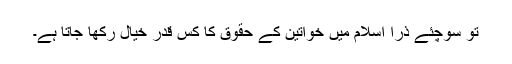
تو سوچئے ذرا اسلام میں خواتین کے حقوق کا کس قدر خیال رکھا جاتا ہے۔